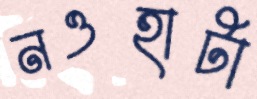
নওহাটা